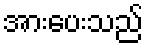
အားပေးသည်